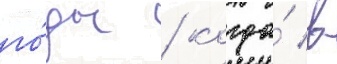
го́ды / когда́ в